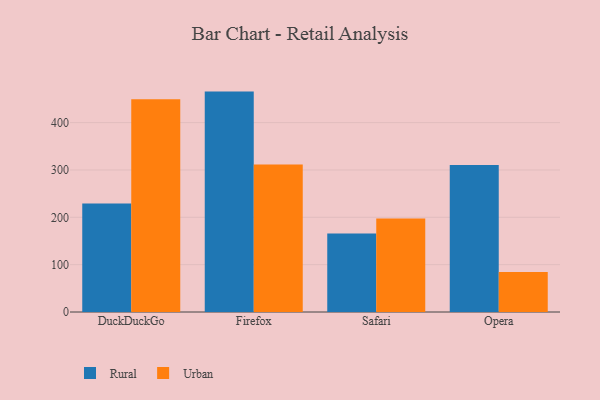
{"axis": {"x": "Browser", "y": "Temperature (°C)"}, "legend": ["Rural", "Urban"], "data": [{"x": "DuckDuckGo", "y": 228.9, "type": "Rural"}, {"x": "DuckDuckGo", "y": 449.2, "type": "Urban"}, {"x": "Firefox", "y": 465.5, "type": "Rural"}, {"x": "Firefox", "y": 311.3, "type": "Urban"}, {"x": "Safari", "y": 166.0, "type": "Rural"}, {"x": "Safari", "y": 197.6, "type": "Urban"}, {"x": "Opera", "y": 310.6, "type": "Rural"}, {"x": "Opera", "y": 84.3, "type": "Urban"}]}